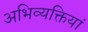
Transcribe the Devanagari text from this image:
अभिव्‍यक्तियां